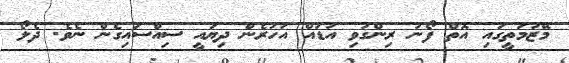
މޭޒުމަތީގައި އޮތް ފޯނު ރިންގުވި އަޑައް އަހަރެން ދިޔައީ ސިއްސައިގެން ނެވެ. ދެލޯ